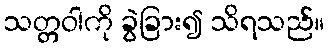
သတ္တဝါကို ခွဲခြား၍ သိရသည်။